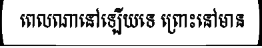
ពេលណានៅឡើយទេ ព្រោះនៅមាន